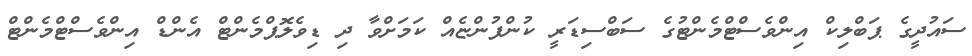
ސައުދީގެ ޕަބްލިކް އިންވެސްޓްމެންޓުގެ ސަބްސިޑަރީ ކުންފުންޏެއް ކަމަށްވާ ދި ޑިވެލޮޕްމެންޓް އެންޑް އިންވެސްޓްމެންޓް